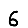
Digit: 6